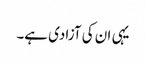
یہی ان کی آزادی ہے۔